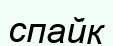
спайк